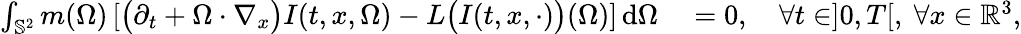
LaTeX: \begin{array}{rl}{\int_{\mathbb S^{2}}m(\Omega)\left[\big(\partial_{t}+\Omega\cdot\nabla_{x}\big)I(t,x,\Omega)-L\big(I(t,x,\cdot)\big)(\Omega)\right]\, \mathrm{d}\Omega}&{{}=0,\quad\forall t\in]0,T[,\ \forall x\in\mathbb{R}^{3},}\end{array}